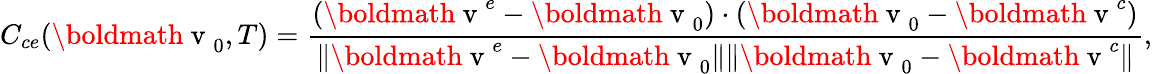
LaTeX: C_{ce}(\mathrm{\boldmath~v~}_{0},T)=\frac{(\mathrm{\boldmath~v~}^{e}-\mathrm{\boldmath~v~}_{0})\cdot(\mathrm{\boldmath~v~}_{0}-\mathrm{\boldmath~v~}^{c})}{\| \mathrm{\boldmath~v~}^{e}-\mathrm{\boldmath~v~}_{0}\| \| \mathrm{\boldmath~v~}_{0}-\mathrm{\boldmath~v~}^{c}\| },